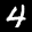
Label: 4